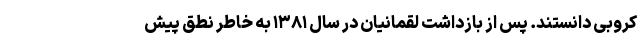
کروبی دانستند. پس از بازداشت لقمانیان در سال ۱۳۸۱ به خاطر نطق پیش